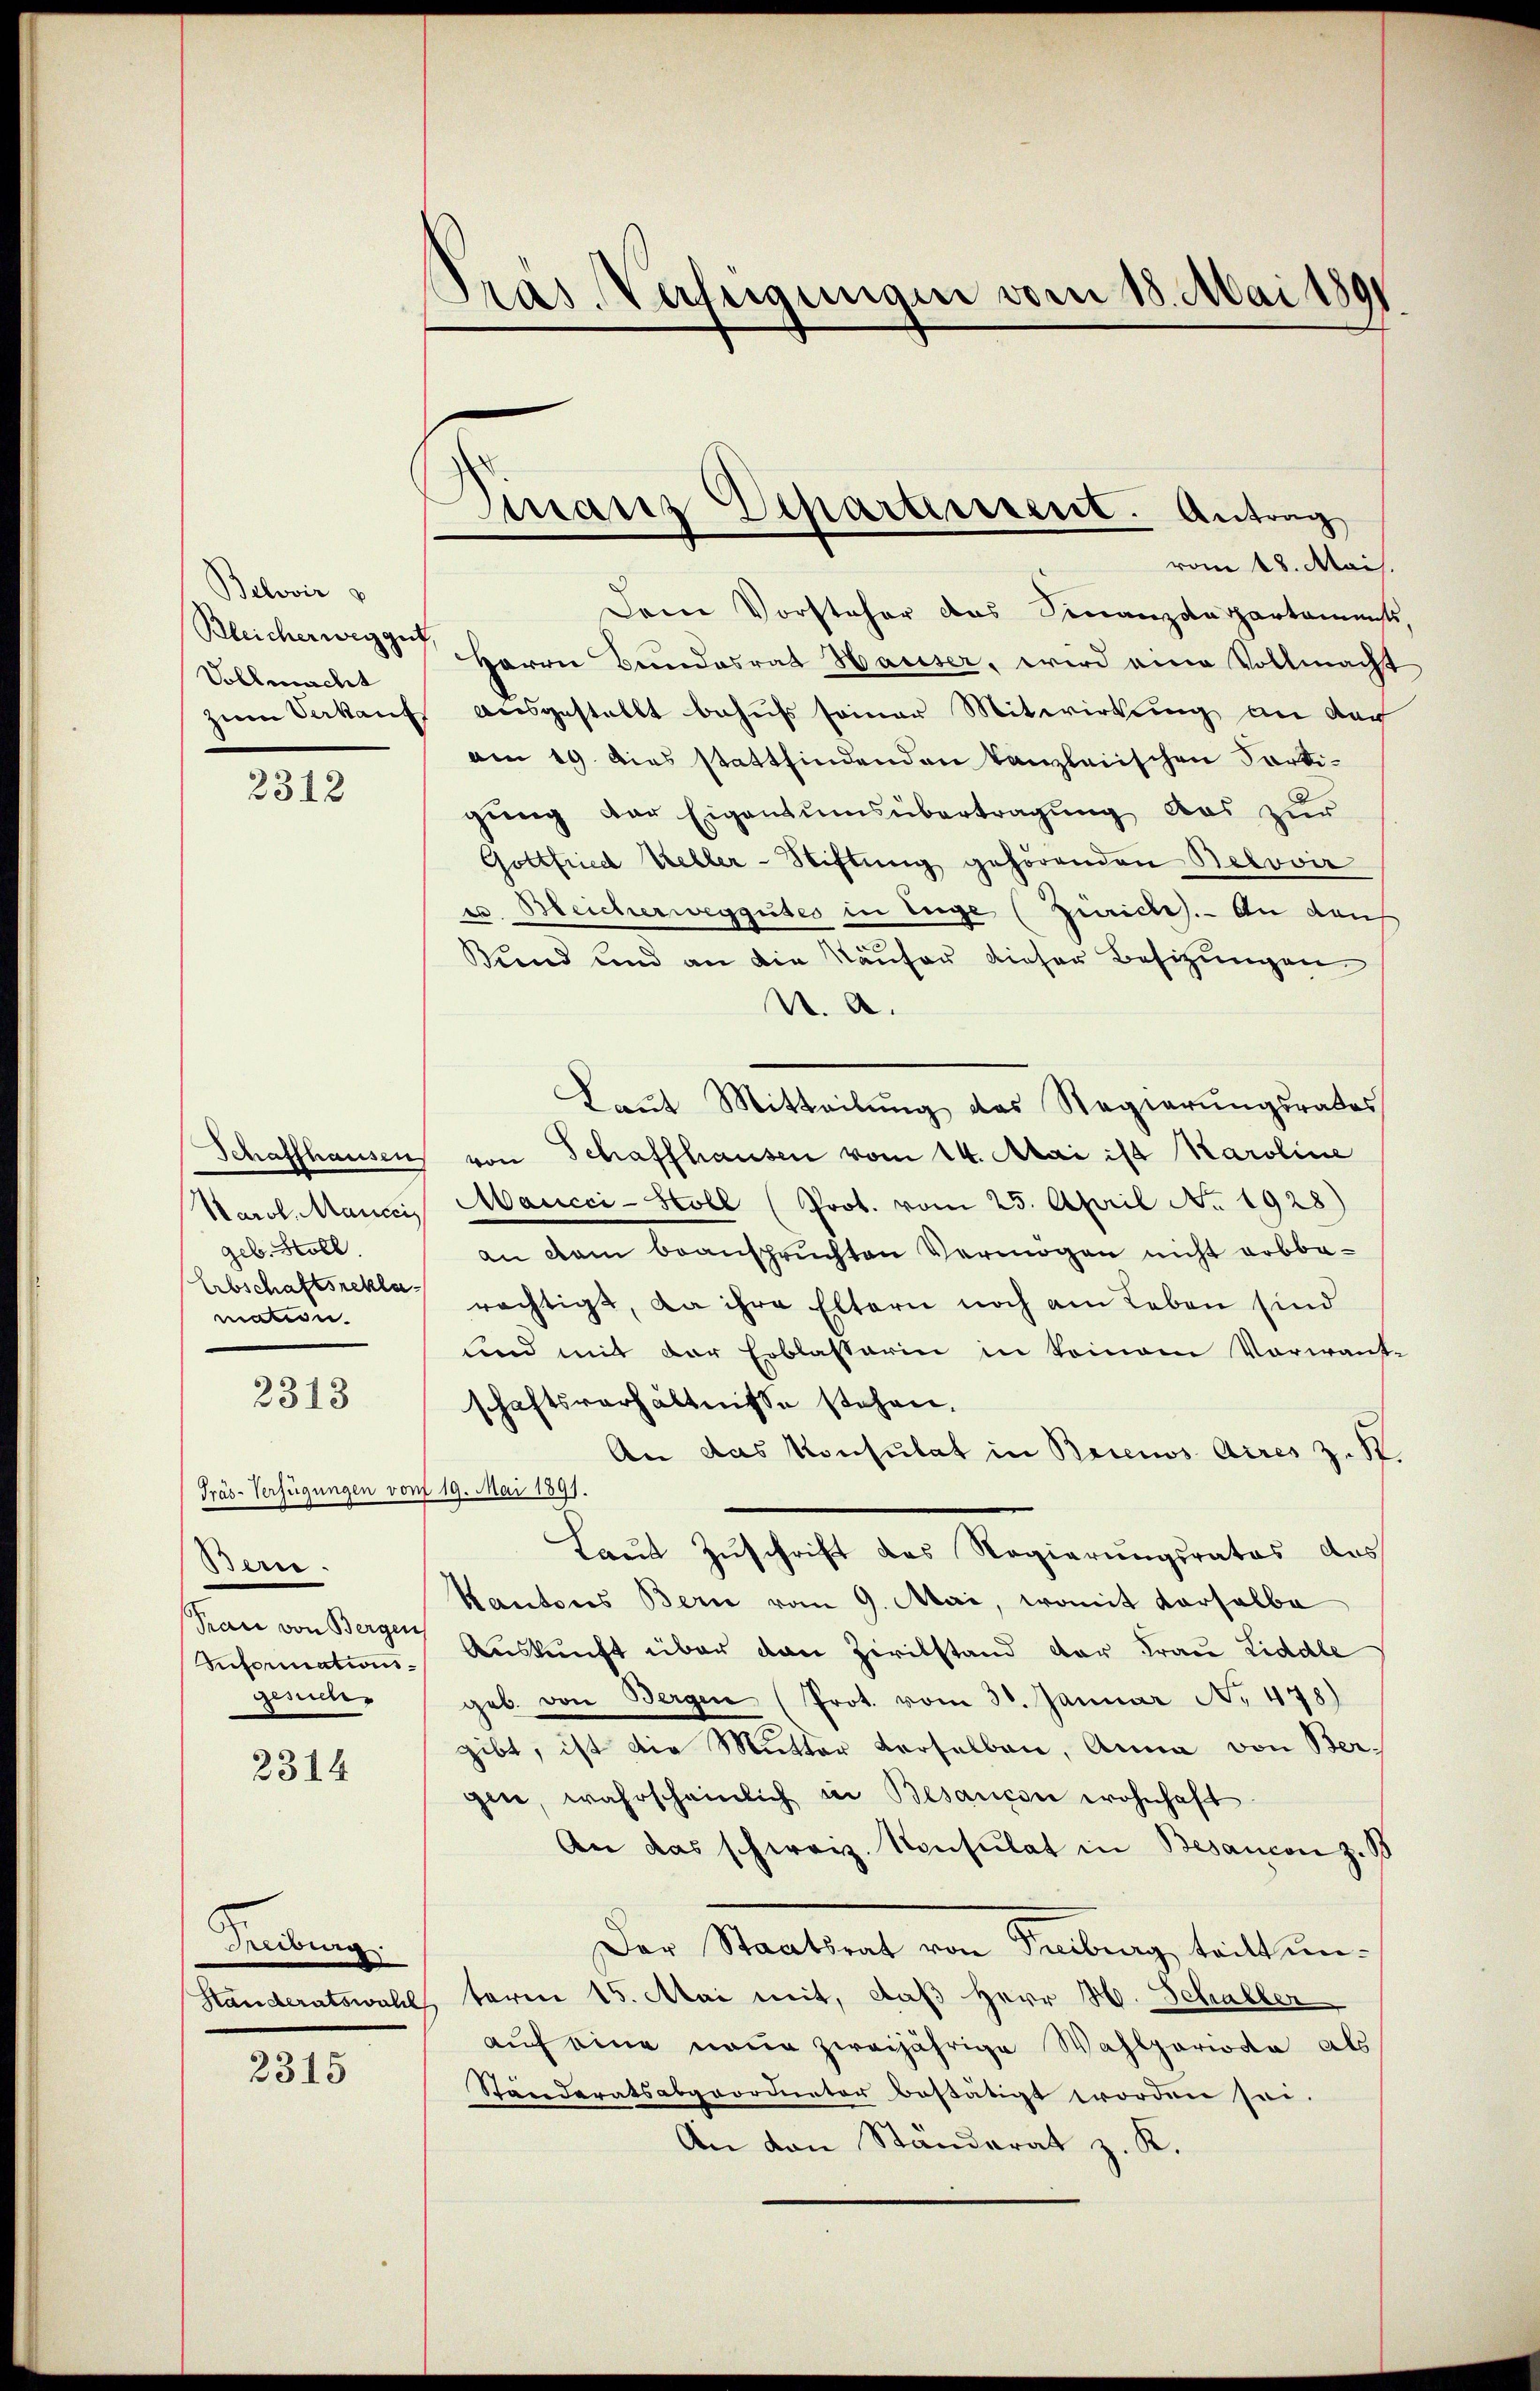
Belovir
Vollmacht

2312

Schaffhausen
Karol. Manccis
geb. Stoll.
Erbschaftsreklamation.

2313

Präs-Verfügungen von
Bern.
Frau von Berger
Informations-
gesuch

2314

Freiburg.

2315

ras. Verfügungen vom 18. Mai 1891

Finanz Departinirent. Antrag

vom 18. Mai.
Dem Vorsteher das Finanzdepartamensts.
Bleicherweise Herrn Bundesrat Hauser, wird eine Vollmacht
zum Verkauf ausgestellt behufs seiner Mitwirkung an dach
am 19. dies stattfindenden kanzleiischen Partigung der Eigentumsübertragung das zur
Gottfried Keller-Stiftung gehörenden Belovir
u. Meicherweggutes in Enge (Zürich. - An dan
Bund und an die Käufer dieser Besizungen
A. A.
Laut Mitteilung des Regierungsrates
von Schaffhausen vom 14. Mai ist Karoline
Mancci-Holl (Prot. vom 25. April No. 1928)
an dem beanspruchten Vermögen nicht erbbe-
rächtigt, da ihre Eltern noch am Leben sind
und mit der Erblasserin in keinem Vorwant-
schaftsverhältnisse stehen.
An das Konsulat in Brinos Aires z. St.
19. Mai 1891.
Laut Zuschrift des Regierungsrates des
Kantons Bern vom 9. Mai, womit derselbe
Auskunft über den Zivilstand der Frau Liddle
geb. von Bergen (Prot. vom 30. Januar N. 478)
gibt, ist die Mutter derselben, Anna von Bergin, wahrscheinlich in Besancen wohnhaft
An das schweiz. Konsulat in Besancen z. B
Der Staatent vom Sentiengestalt in
Handeratswahl, term 15. Mai mit, daß Herr H. Schaller
auf eine neue zweijährige Wahlperiode als
Ständeratsabgeordneter bestätigt worden sei.
An den Ständerat z. K.